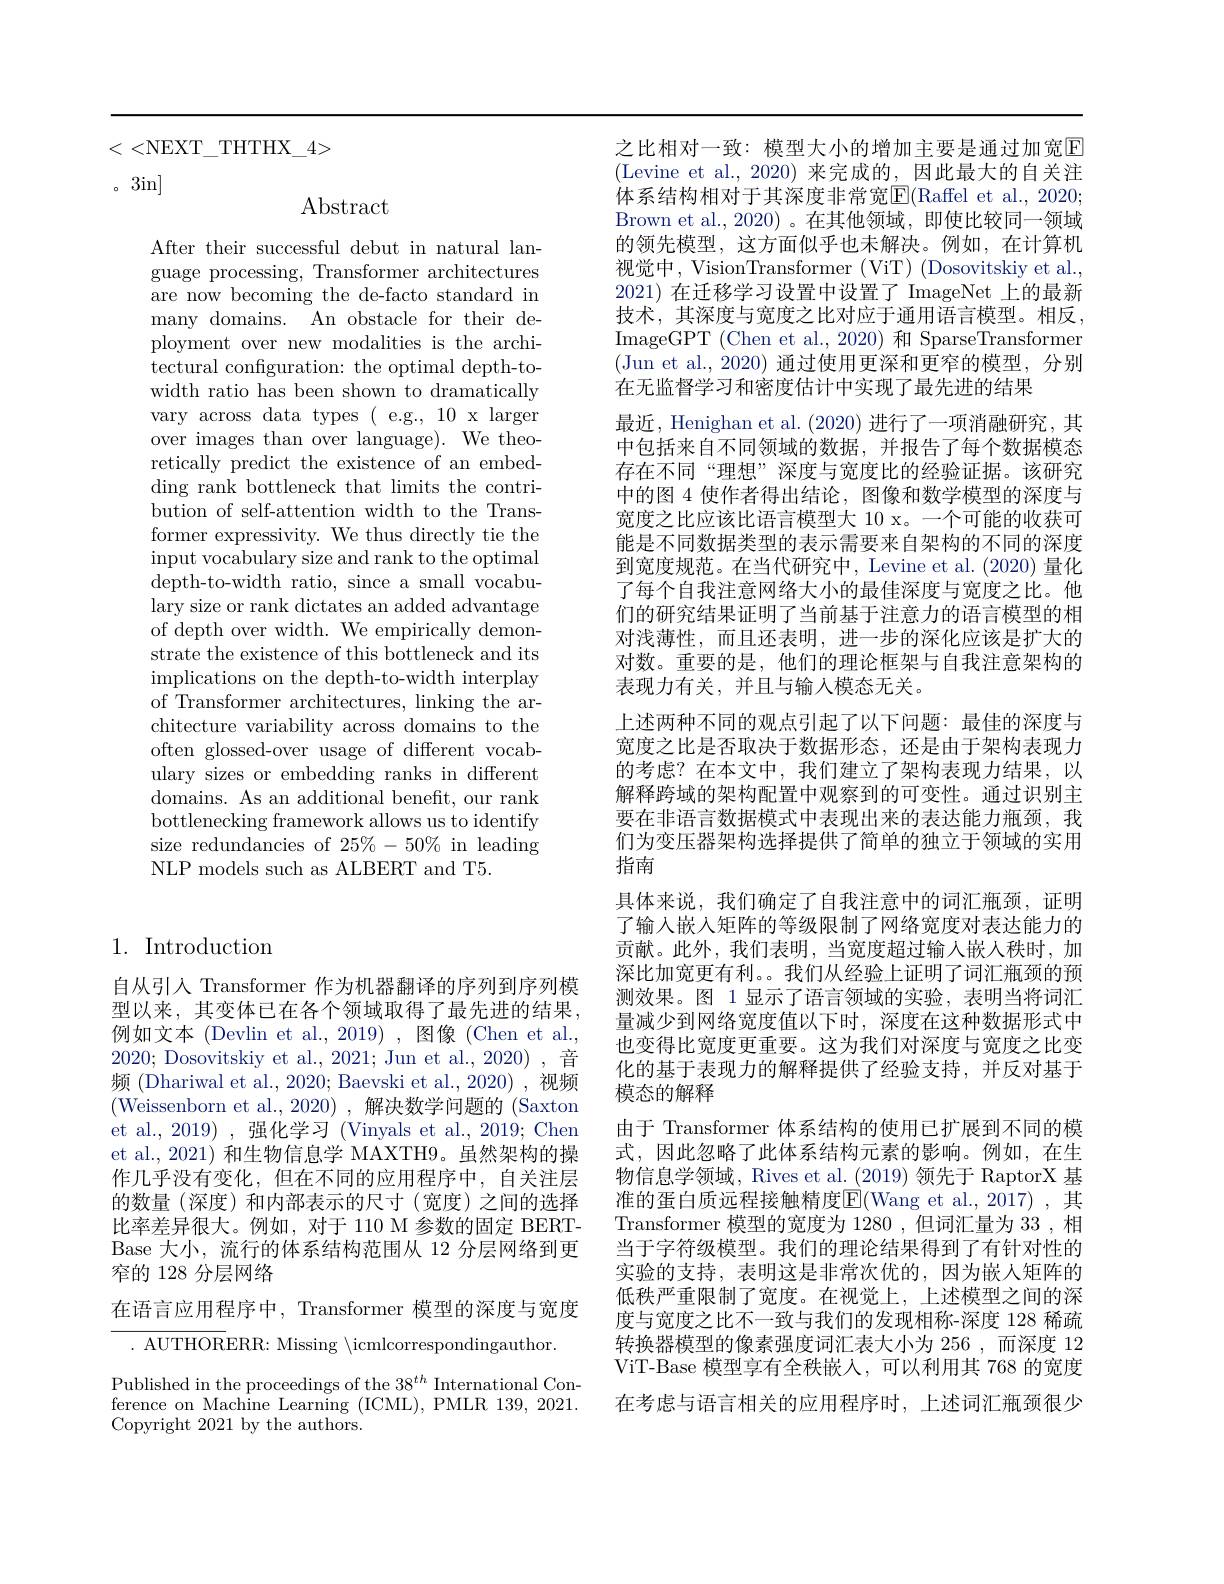
<<NEXT\_THTHX\_4>

。3in]

$\operatorname{Abstract}$

After their successful debut in natural language processing, Transformer architectures are now becoming the de-facto standard in many domains. An obstacle for their deployment over new modalities is the architectural configuration: the optimal depth-towidth ratio has been shown to dramatically vary across data types ( e.g., 10 x larger over images than over language). We theoretically predict the existence of an embedding rank bottleneck that limits the contribution of self-attention width to the Transformer expressivity. We thus directly tie the input vocabulary size and rank to the optimal depth-to-width ratio, since a small vocabulary size or rank dictates an added advantage of depth over width. We empirically demonstrate the existence of this bottleneck and its $\begin{array}{c}\text{implications on the depth-to-width interplay}\\\end{array}$ of Transformer architectures, linking the architecture variability across domains to the often glossed-over usage of different vocabulary sizes or embedding ranks in different domains. As an additional benefit, our rank bottlenecking framework allows us to identify size redundancies of $25\%-50\%$ in leading NLP models such as ALBERT and T5.

## 1. Introduction

自从引人 Transformer 作为机器翻译的序列到序列模型以来，其变体已在各个领域取得了最先进的结果， 例如文本(Devlin et al.,2019),图像(Chen et al., 2020; Dosovitskiy et al., 2021; Jun et al., 2020) , 音频 (Dhariwal et al., 2020; Baevski et al., 2020) , 视频(Weissenborn et al.,2020), 解决数学问题的 (Saxton et al., 2019) , 强化学习 (Vinyals et al., 2019; Chen et al., 2021) 和生物信息学 MAXTH9。虽然架构的操作几乎没有变化，但在不同的应用程序中，自关注层的数量(深度)和内部表示的尺寸(宽度)之间的选择比率差异很大。例如，对于 110 M 参数的固定 BERTBase 大小，流行的体系结构范围从 12 分层网络到更窄的 128 分层网络
在语言应用程序中，Transformer 模型的深度与宽度
$.{\mathrm{~AUTHORERR:~Missing~}}\backslash$icmlcorrespondingauthor.

Published in the proceedings of the 38$^{th}$ International Conference on Machine Learning (ICML), PMLR 139, 2021. Copyright 2021 by the authors.

之比相对一致：模型大小的增加主要是通过加宽$\overline{\mathrm{E}}$ (Levine et al.,2020)来完成的，因此最大的自关注体系结构相对于其深度非常宽$\mathbb{E}($Raffel et al., 2020; Brown et al.,2020)。在其他领域，即使比较同一领域的领先模型，这方面似乎也未解决。例如，在计算机视觉中，VisionTransformer (ViT) (Dosovitskiy et al., 2021)在迁移学习设置中设置了 ImageNet 上的最新技术，其深度与宽度之比对应于通用语言模型。相反， ImageGPT ( Chen et al. , 2020) 和 SparseTransformer (Jun et al.,2020) 通过使用更深和更窄的模型，分别在无监督学习和密度估计中实现了最先进的结果
最近，Henighan et al. (2020)进行了一项消融研究，其中包括来自不同领域的数据，并报告了每个数据模态存在不同“理想”深度与宽度比的经验证据。该研究中的图 4 使作者得出结论，图像和数学模型的深度与宽度之比应该比语言模型大 10 x。一个可能的收获可能是不同数据类型的表示需要来自架构的不同的深度到宽度规范。在当代研究中，Levine et al. (2020) 量化了每个自我注意网络大小的最佳深度与宽度之比。他们的研究结果证明了当前基于注意力的语言模型的相对浅薄性，而且还表明，进一步的深化应该是扩大的对数。重要的是，他们的理论框架与自我注意架构的表现力有关，并且与输入模态无关。
上述两种不同的观点引起了以下问题：最佳的深度与宽度之比是否取决于数据形态，还是由于架构表现力的考虑？在本文中，我们建立了架构表现力结果，以解释跨域的架构配置中观察到的可变性。通过识别主要在非语言数据模式中表现出来的表达能力瓶颈，我们为变压器架构选择提供了简单的独立于领域的实用指南
具体来说，我们确定了自我注意中的词汇瓶颈，证明了输入嵌入矩阵的等级限制了网络宽度对表达能力的贡献。此外，我们表明，当宽度超过输人嵌人秩时，加深比加宽更有利。。我们从经验上证明了词汇瓶颈的预测效果。图 1 显示了语言领域的实验，表明当将词汇量减少到网络宽度值以下时，深度在这种数据形式中也变得比宽度更重要。这为我们对深度与宽度之比变化的基于表现力的解释提供了经验支持，并反对基于模态的解释
由于 Transformer 体系结构的使用已扩展到不同的模式，因此忽略了此体系结构元素的影响。例如，在生物信息学领域，Rives et al. (2019) 领先于 RaptorX 基准的蛋白质远程接触精度$\boxed{\mathrm{E}}($Wang et al.,2017) ,其Transformer 模型的宽度为 1280 ,但词汇量为 33 ,相当于字符级模型。我们的理论结果得到了有针对性的实验的支持，表明这是非常次优的，因为嵌人矩阵的低秩严重限制了宽度。在视觉上，上述模型之间的深度与宽度之比不一致与我们的发现相称-深度 128 稀疏转换器模型的像素强度词汇表大小为 256 ,而深度 12 ViT-Base 模型享有全秩嵌人，可以利用其 768 的宽度在考虑与语言相关的应用程序时，上述词汇瓶颈很少